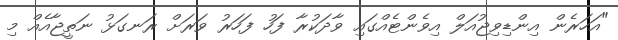
"އަހަރެން އިންޑިވިޖުއަލް އިވެންޓެއްގައި ވާދަކުރާ ފަހު ފަހަރު ވަރަށް ރަނގަޅު ނަތީޖާއެއް މި